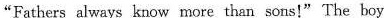
"Fathers always know more than sons!" The boy